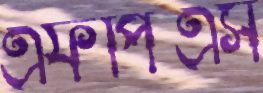
এফপিএস